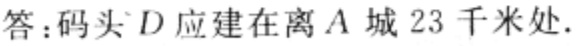
答：码头\(D\)应建在离\(A\)城\(23\)千米处.